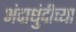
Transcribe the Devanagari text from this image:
अंदाधुंदीच्या